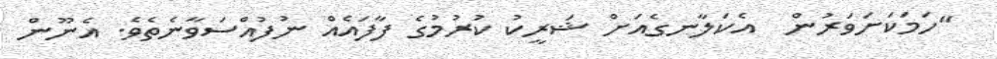
"ހަމަކަށަވަރުން  އެކަލާނގެއަށް ޝަރީކު ކުރުމުގެ ފާފައެއް ނުފުއްސަވާނެތެވެ. އެނޫން